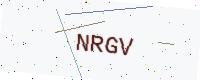
Text: NRGV